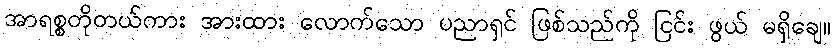
အာရစ္စတိုတယ်ကား အားထား လောက်သော ပညာရှင် ဖြစ်သည်ကို ငြင်း ဖွယ် မရှိချေ။